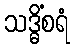
သဒ္ဓိံစရံ